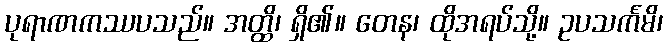
ပုရာဏကဿပသည်။ အတ္ထိ၊ ရှိ၏။ တေန၊ ထိုအရပ်သို့။ ဥပသင်္ကမိ၊